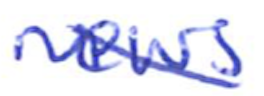
Text: news
Cross-out: diagonal
Writing tool: ballpoint